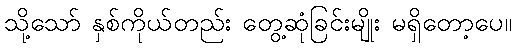
သို့သော် နှစ်ကိုယ်တည်း တွေ့ဆုံခြင်းမျိုး မရှိတော့ပေ။